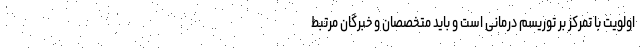
اولویت با تمرکز بر توریسم درمانی است و باید متخصصان و خبرگان مرتبط